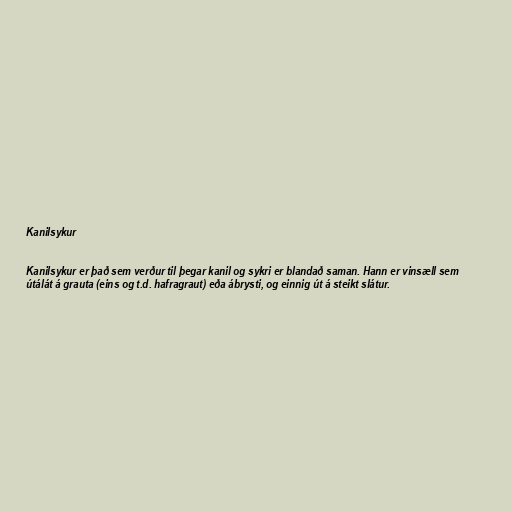
Kanilsykur

Kanilsykur er það sem verður til þegar kanil og sykri er blandað saman. Hann er vinsæll sem
útálát á grauta (eins og t.d. hafragraut) eða ábrysti, og einnig út á steikt slátur.